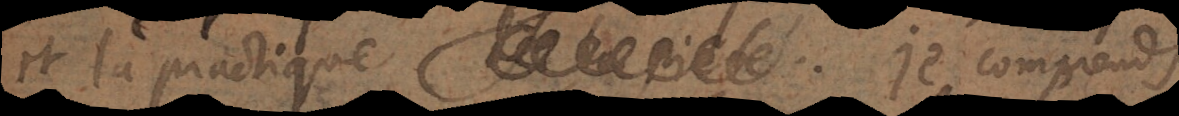
et la practique. Je comprends